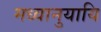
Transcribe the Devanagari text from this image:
मध्वानुयायि